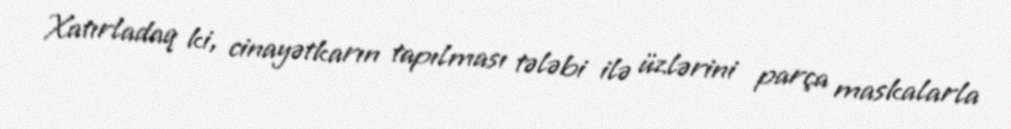
Xatırladaq ki, cinayətkarın tapılması tələbi ilə üzlərini parça maskalarla